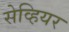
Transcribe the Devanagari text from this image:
सेव्हियर